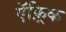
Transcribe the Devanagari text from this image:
ऍफ़्रिक